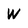
Character: W